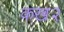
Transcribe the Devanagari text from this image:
कख२